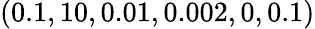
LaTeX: (0.1,10,0.01,0.002,0,0.1)